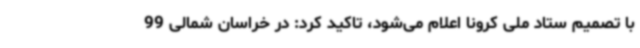
با تصمیم ستاد ملی کرونا اعلام می‌شود، تاکید کرد: در خراسان شمالی 99